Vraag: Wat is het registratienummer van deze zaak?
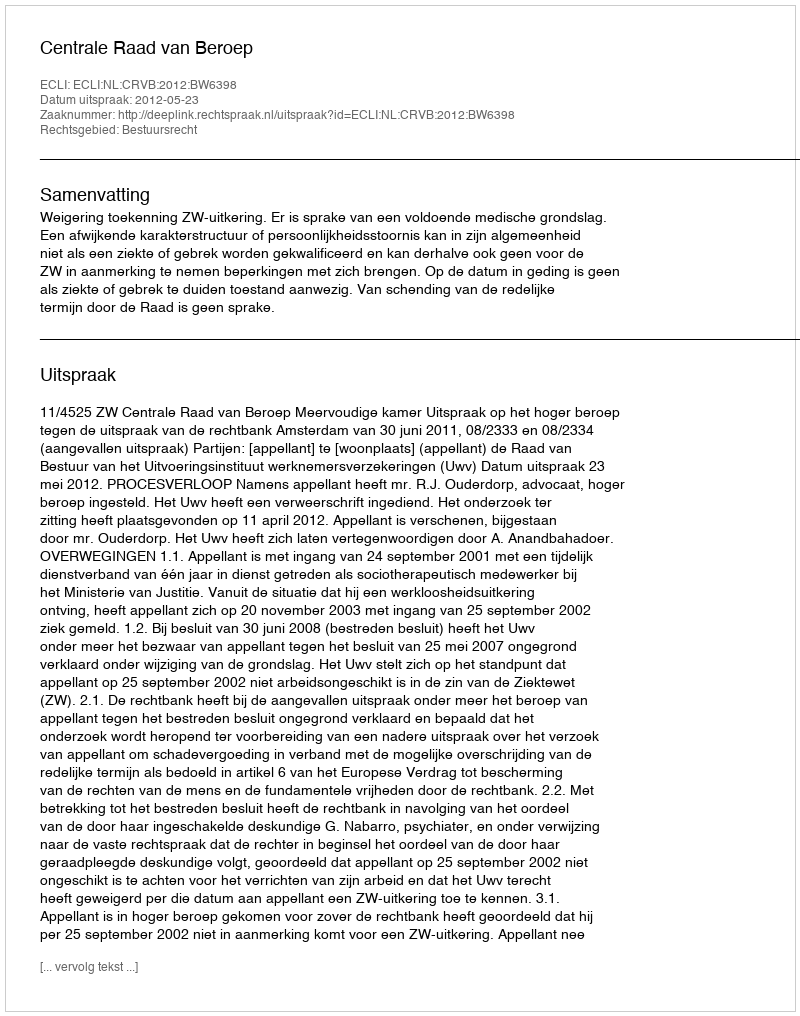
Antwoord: http://deeplink.rechtspraak.nl/uitspraak?id=ECLI:NL:CRVB:2012:BW6398